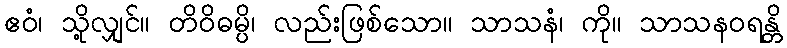
ဧဝံ၊ သို့လျှင်။ တိဝိဓမ္ပိ၊ လည်းဖြစ်သော။ သာသနံ၊ ကို။ သာသနဝရန္တိ